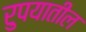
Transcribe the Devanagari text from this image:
रुपयातील